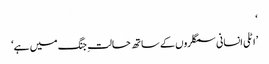
‘
’اٹلی انسانی سمگلروں کے ساتھ حالتِ جنگ میں ہے‘